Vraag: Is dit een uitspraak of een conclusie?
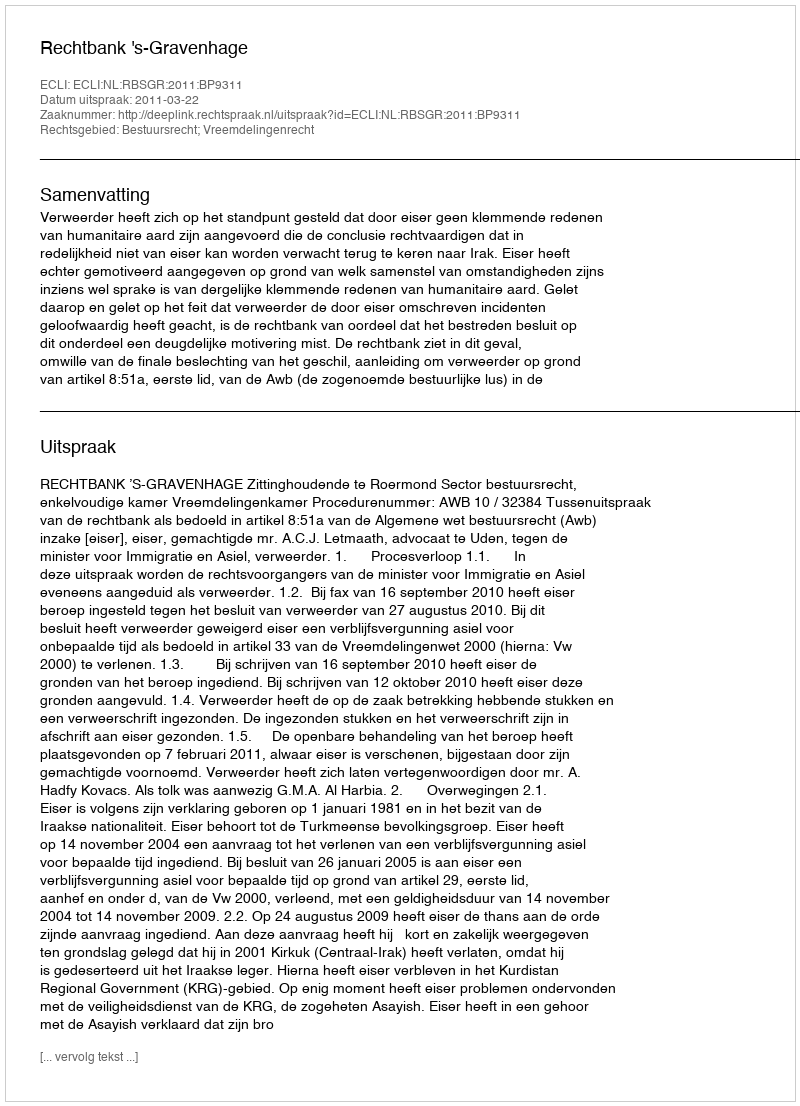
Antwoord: Uitspraak